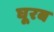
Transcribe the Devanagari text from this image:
घूरब